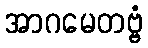
အာဂမေတဗ္ဗံ